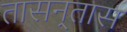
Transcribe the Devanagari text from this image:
तासन्‌तास